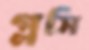
গ্লসি